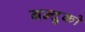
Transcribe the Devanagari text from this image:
बन्दुको